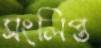
সংলিপ্ত